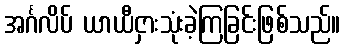
အင်္ဂလိပ် ယာယီငှားသုံးခဲ့ကြခြင်းဖြစ်သည်။